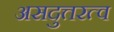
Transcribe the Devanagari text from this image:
असदुत्तरत्व